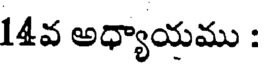
14వ అధ్యాయము :